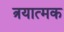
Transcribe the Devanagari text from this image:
त्रयात्मक